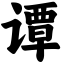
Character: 谭